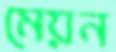
মেয়ন